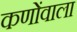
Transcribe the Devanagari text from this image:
कणोंवाला